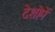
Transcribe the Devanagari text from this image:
देशोमें